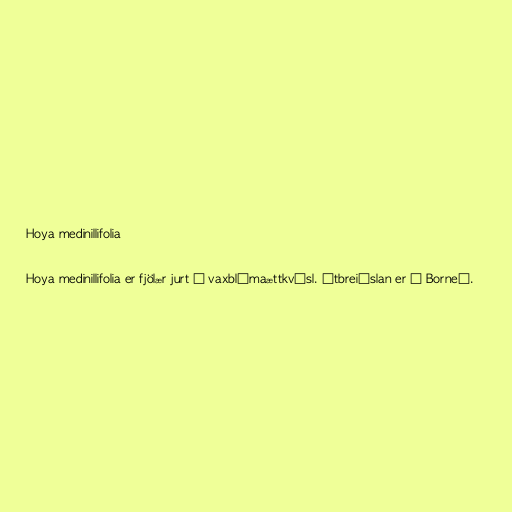
Hoya medinillifolia

Hoya medinillifolia er fjölær jurt í vaxblómaættkvísl. Útbreiðslan er á Borneó.